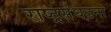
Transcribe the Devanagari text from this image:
राष्ट्रसंघटना